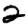
Digit: 2